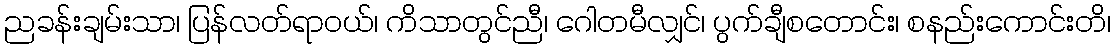
ညခန်းချမ်းသာ၊ ပြန်လတ်ရာဝယ်၊ ကိသာတွင်ညီ၊ ဂေါတမီလျှင်၊ ပွက်ချီစတောင်း၊ စနည်းကောင်းတိ၊